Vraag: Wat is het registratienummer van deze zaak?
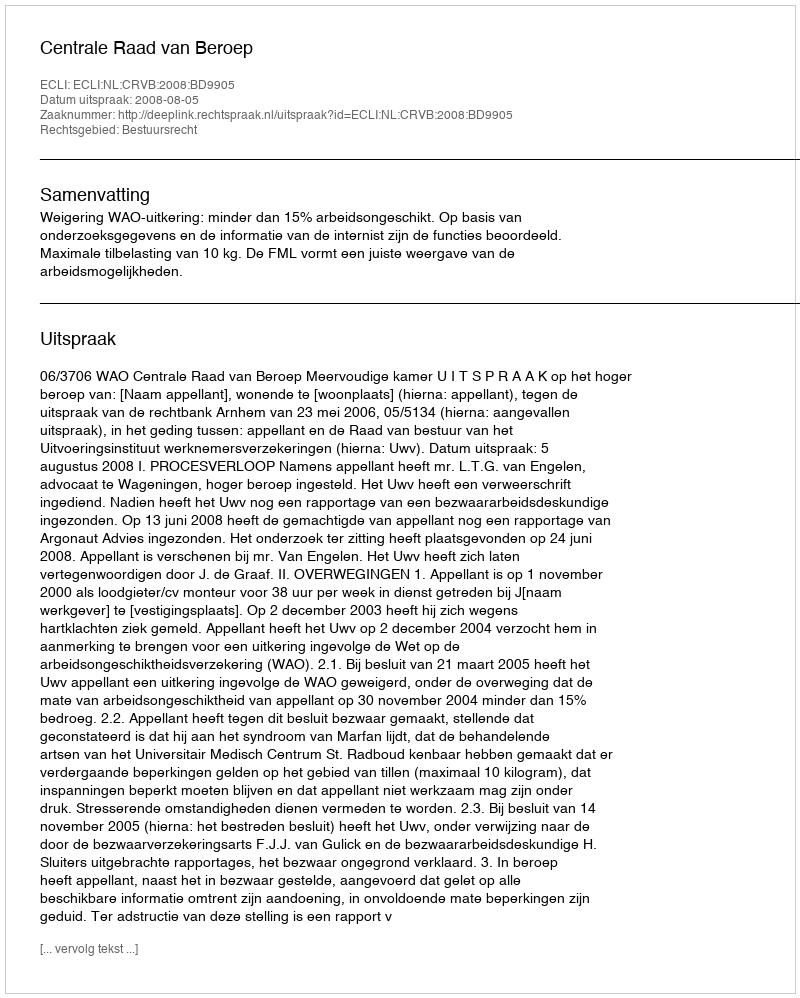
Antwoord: http://deeplink.rechtspraak.nl/uitspraak?id=ECLI:NL:CRVB:2008:BD9905